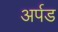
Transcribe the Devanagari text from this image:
अर्पड